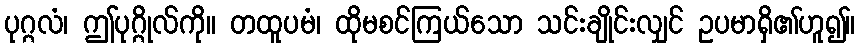
ပုဂ္ဂလံ၊ ဤပုဂ္ဂိုလ်ကို။ တထူပမံ၊ ထိုမစင်ကြယ်သော သင်းချိုင်းလျှင် ဥပမာရှိ၏ဟူ၍။